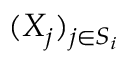
( X _ { j } ) _ { j \in S _ { i } }